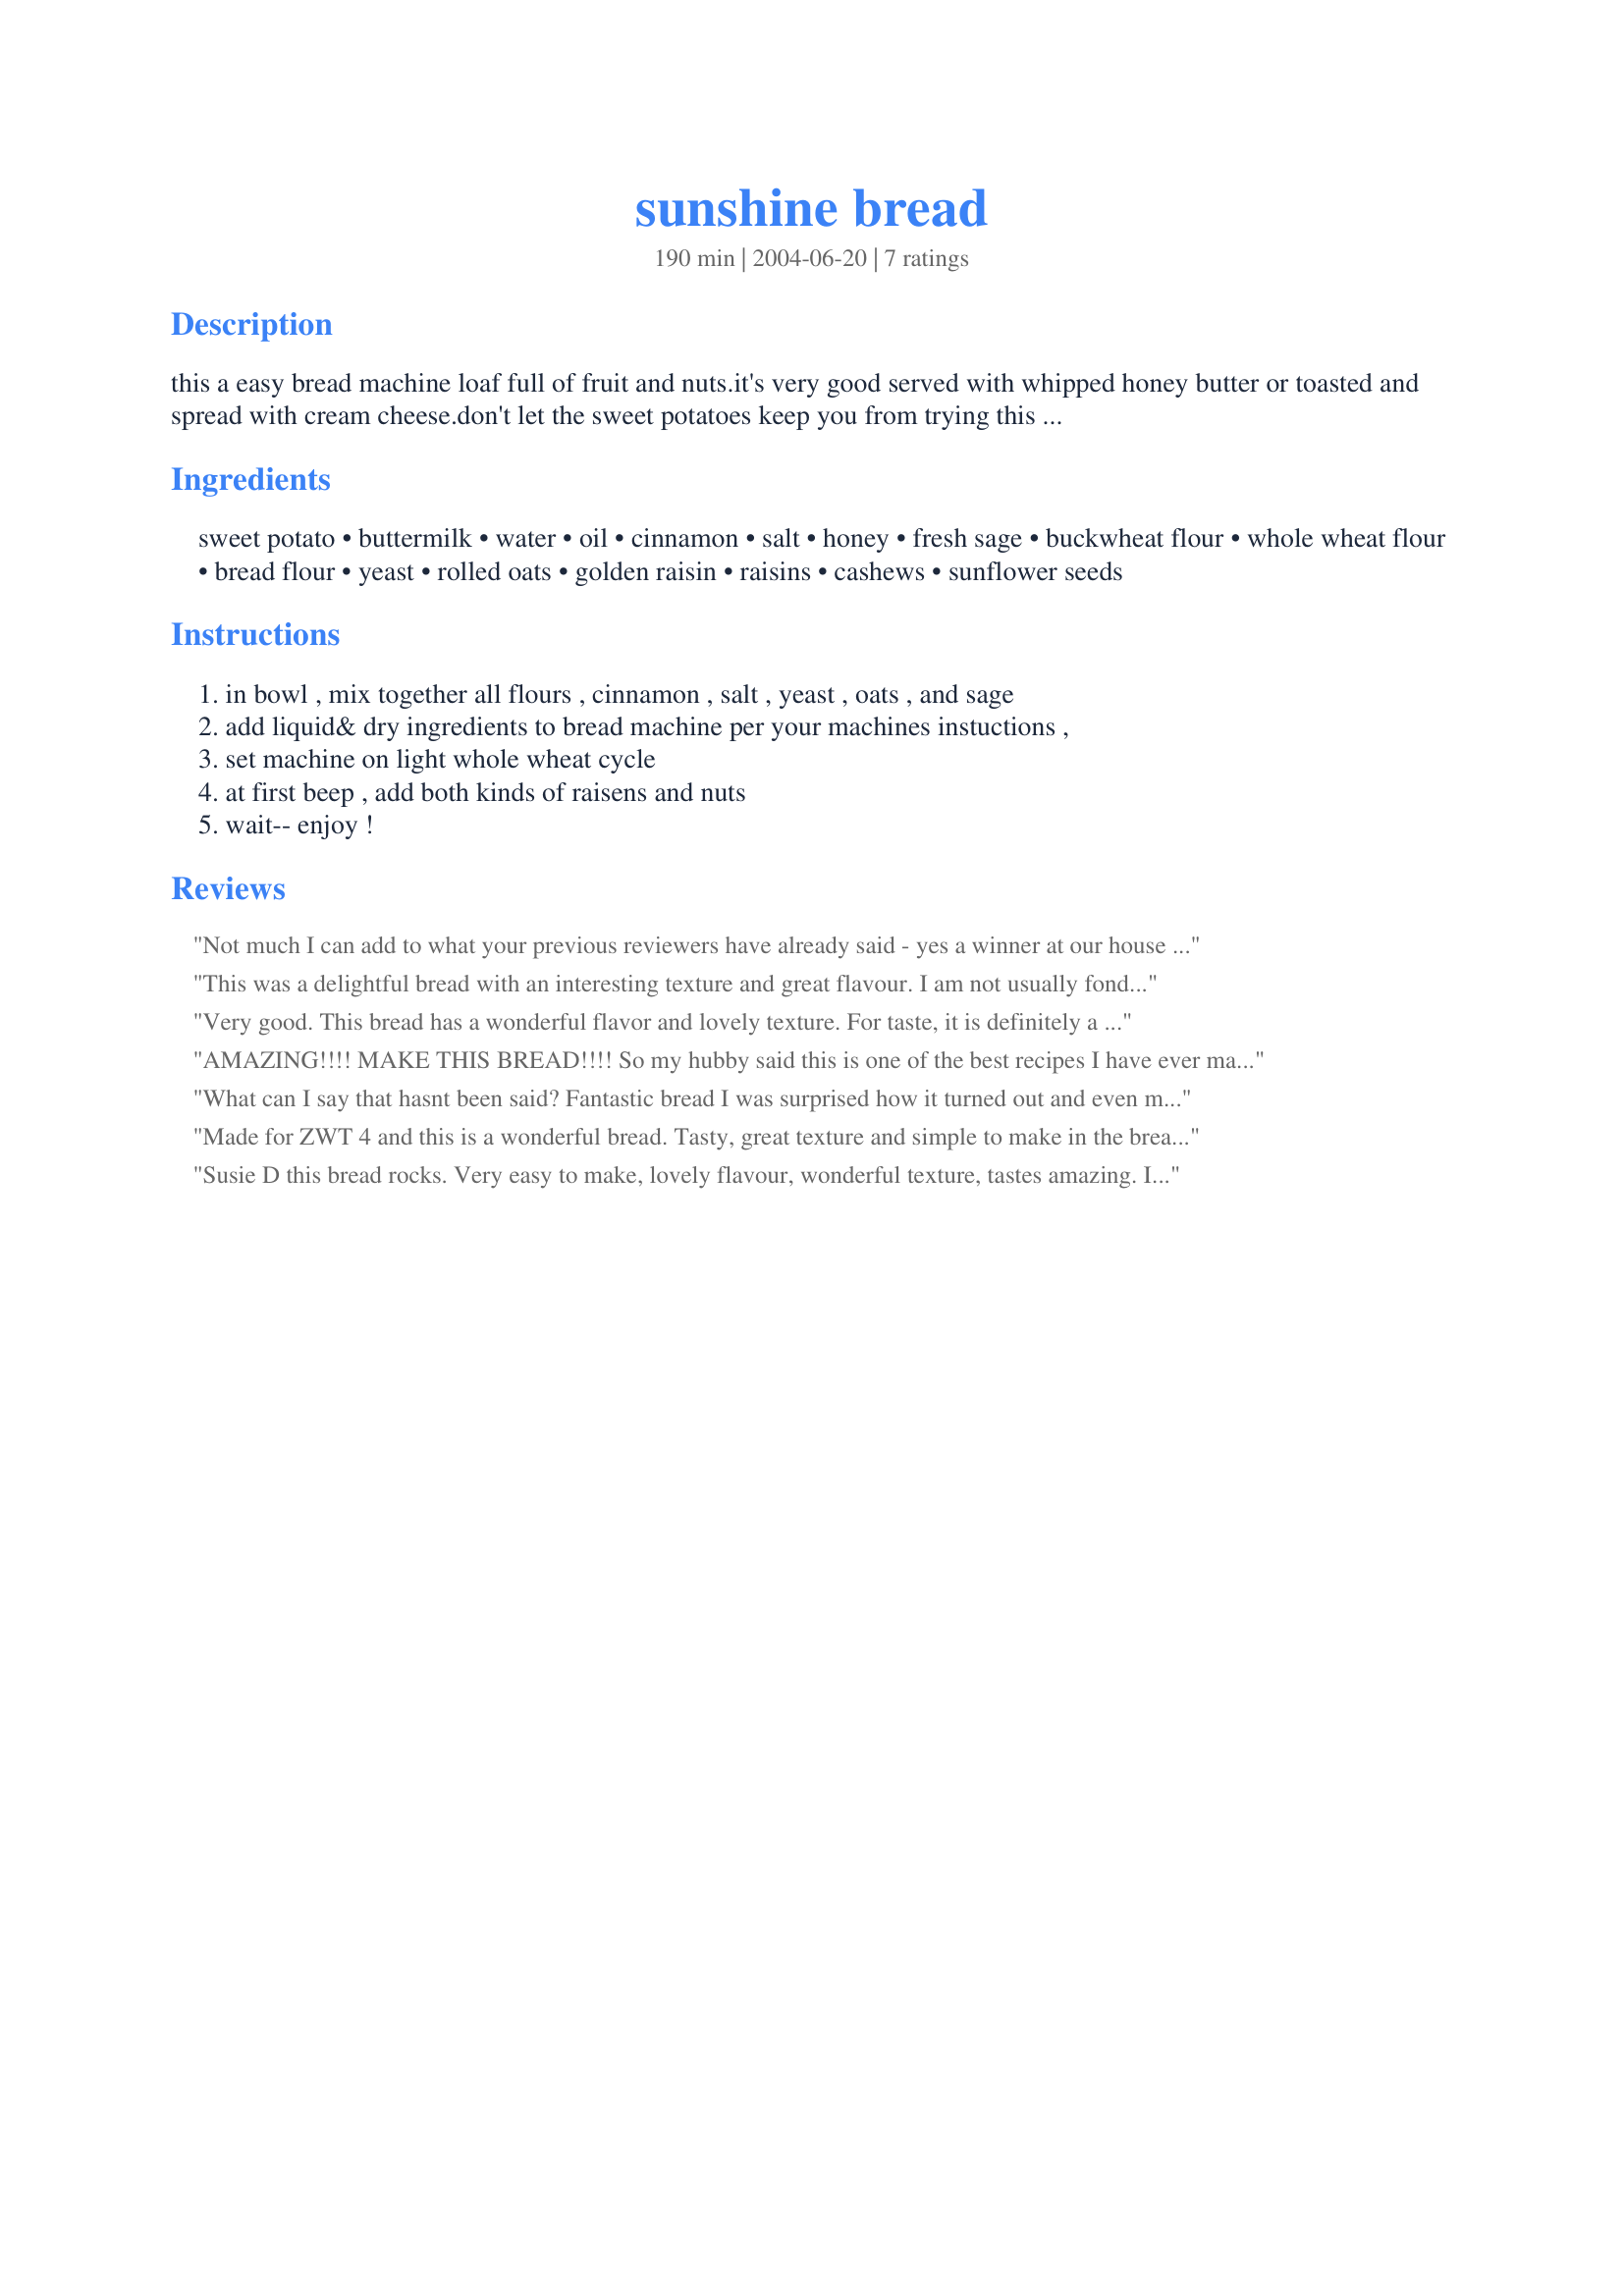
sunshine bread
Preparation time: 190 minutes

this a easy bread machine loaf full of fruit and nuts.it's very good served with whipped honey butter or toasted and spread with cream cheese.don't let the sweet potatoes keep you from trying this recipe.

Ingredients:
sweet potato, buttermilk, water, oil, cinnamon, salt, honey, fresh sage, buckwheat flour, whole wheat flour, bread flour, yeast, rolled oats, golden raisin, raisins, cashews, sunflower seeds

Steps:
in bowl , mix together all flours , cinnamon , salt , yeast , oats , and sage, add liquid& dry ingredients to bread machine per your machines instuctions ,, set machine on light whole wheat cycle, at first beep , add both kinds of raisens and nuts, wait-- enjoy !

Reviews:
Not much I can add to what your previous reviewers have already said - yes a winner at our house too. The ingredients intrigued me making it a must make - all came together to make for a great tasting bread with wonderful texture. Super easy to make. Didn't have the buckwheat flour - subbed with whole wheat which worked well for me. Great ending to our supper soup on a cold Saskatchewan day back in February. Awesome toasted. Thank you Susie D! Into my Bread Cookbook for this one.
This was a delightful bread with an interesting texture and great flavour. I am not usually fond of buckwheat flour, but there was not enough of it in this that I could taste it. For a breadmaker bread it was very good. Thanks!
Very good. This bread has a wonderful flavor and lovely texture. For taste, it is definitely a 5 stars in my book. I did encounter one slight problem with the dough rising too high too soon - it almost spilled over the sides and had hit the top of my machine, and there was still 1 1/2 hours left on the machine cycle. I gently poked down the dough a slightly, releasing a bit of the air, and just watched it carefully. Despite this, the bread did come out great and I would absolutely make this again. I might try using the regular white bread setting instead (which has a far shorter rising time) to see if that will solve the problem.
AMAZING!!!! MAKE THIS BREAD!!!! So my hubby said this is one of the best recipes I have ever made and it is definitely the best thing that has ever come out of my breadmaker!!!! So kudos to you! We actually ate half the loaf last night (eeks. . .it was so addictive). I did make a few changes: acorn squash instead of sweet potatoes, expired yeast (I am embarrassed to say but it worked), evened out the buttermilk and water instead of 1/4 and 3/4, instead of 2 kinds of raisins I used regular raisins and dried cranberries, then I added 2 Tbsp of Katzen's amazing Recipe #384672. I also accidentally cooked it on basic bread setting. UPDATE: This bread was soft yet hearty on day one. A little tough on day two, so we enjoyed it as toast which completely revived it. I then turned it into French Toast later in the week for "breakfast for dinner" night with some fried eggs. . .yummy!
What can I say that hasnt been said? Fantastic bread I was surprised how it turned out and even more pleasantly surprised at the wonderful taste and texture. This is one of my PAC 07 choices. Thanks Susie!
Made for ZWT 4 and this is a wonderful bread. Tasty, great texture and simple to make in the bread machine. We all enjoyed it!
Susie D this bread rocks. Very easy to make, lovely flavour, wonderful texture, tastes amazing. I'm allergic to buckwheat so I left it out, the bread was wonderful toasted with sweet butter. It was so good, that I didn't bother to make the rest of the meal that I had planned for breakfast. We ate the whole loaf at one sitting. You have heard the expression, let them eat cake. I say let them eat BREAD. Thanks so much for sharing.
